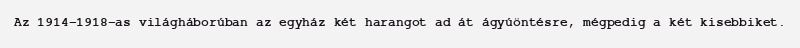
Az 1914-1918-as világháborúban az egyház két harangot ad át ágyúöntésre, mégpedig a két kisebbiket.